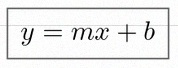
y=mx+b